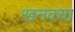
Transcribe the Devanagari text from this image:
खनक्या